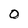
Character: O